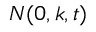
N ( 0 , k , t )